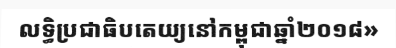
លទ្ធិប្រជាធិបតេយ្យនៅកម្ពុជាឆ្នាំ២០១៨»